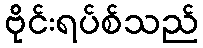
ဗိုင်းရပ်စ်သည်